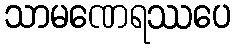
သာမဏေရဿပေ